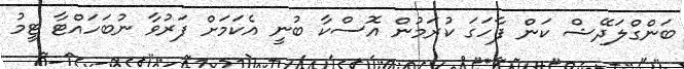
ބަންގްލަދޭޝް ކަން ފާހަގަ ކުރަމުން އޮސްކާ ބުނީ އެކަމަށް ފަރުވާ ނުބަހައްޓާ ޓީމު